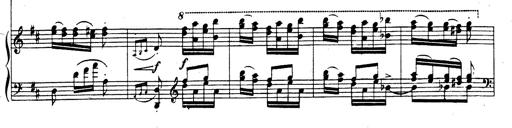
Title: Rhapsodie espagnole
Composer: Franz Liszt